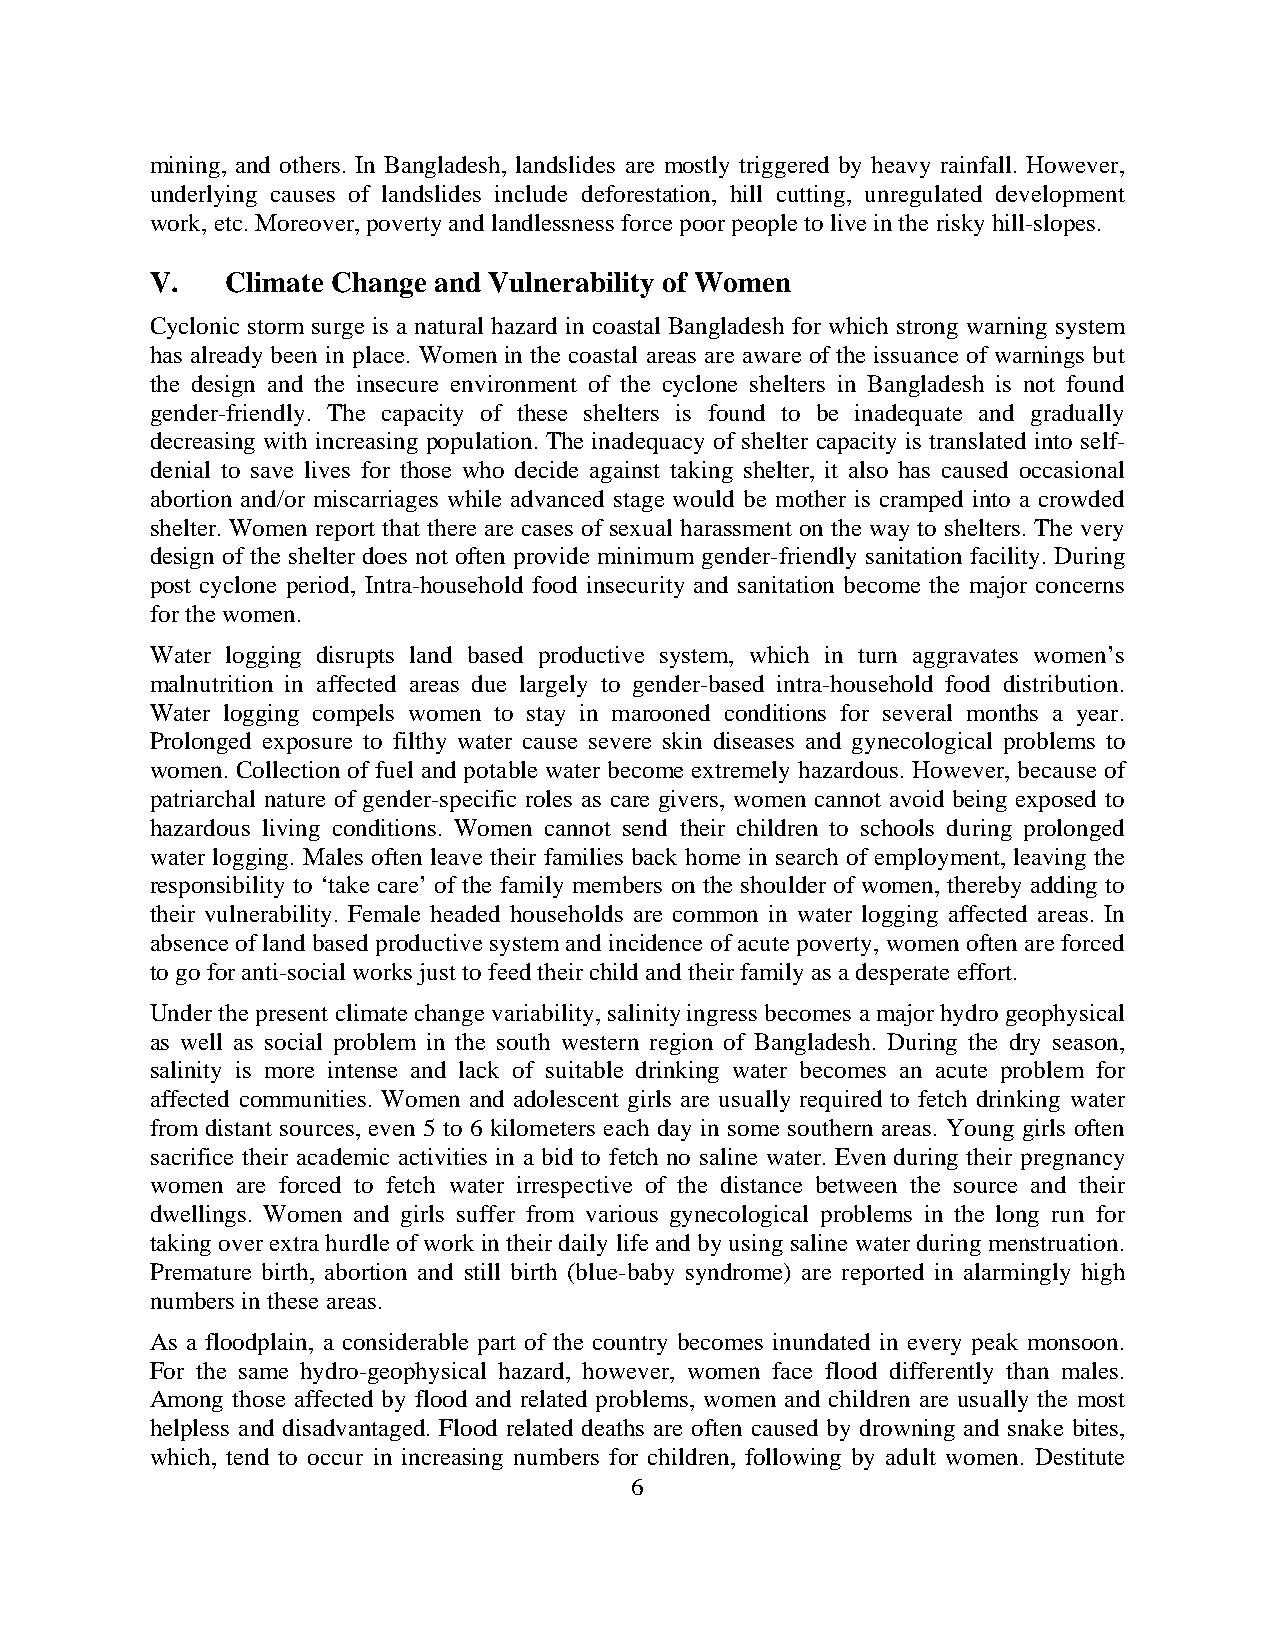
mining, and others. In Bangladesh, landslides are mostly triggered by heavy rainfall. However,
 underlying causes of landslides include deforestation, hill cutting, unregulated development
 work, etc. Moreover, poverty and landlessness force poor people to live in the risky hill-slopes.
 V.   Climate Change and Vulnerability of Women
 Cyclonic storm surge is a natural hazard in coastal Bangladesh for which strong warning system
 has already been in place. Women in the coastal areas are aware of the issuance of warnings but
 the design and the insecure environment of the cyclone shelters in Bangladesh is not found
 gender-friendly. The capacity of these shelters is found to be inadequate and gradually
 decreasing with increasing population. The inadequacy of shelter capacity is translated into self-
 denial to save lives for those who decide against taking shelter, it also has caused occasional
 abortion and/or miscarriages while advanced stage would be mother is cramped into a crowded
 shelter. Women report that there are cases of sexual harassment on the way to shelters. The very
 design of the shelter does not often provide minimum gender-friendly sanitation facility. During
 post cyclone period, Intra-household food insecurity and sanitation become the major concerns
 for the women.
 Water logging disrupts land based productive system, which in turn aggravates women’s
 malnutrition in affected areas due largely to gender-based intra-household food distribution.
 Water logging compels women to stay in marooned conditions for several months a year.
 Prolonged exposure to filthy water cause severe skin diseases and gynecological problems to
 women. Collection of fuel and potable water become extremely hazardous. However, because of
 patriarchal nature of gender-specific roles as care givers, women cannot avoid being exposed to
 hazardous living conditions. Women cannot send their children to schools during prolonged
 water logging. Males often leave their families back home in search of employment, leaving the
 responsibility to ‘take care’ of the family members on the shoulder of women, thereby adding to
 their vulnerability. Female headed households are common in water logging affected areas. In
 absence of land based productive system and incidence of acute poverty, women often are forced
 to go for anti-social works just to feed their child and their family as a desperate effort.
 Under the present climate change variability, salinity ingress becomes a major hydro geophysical
 as well as social problem in the south western region of Bangladesh. During the dry season,
 salinity is more intense and lack of suitable drinking water becomes an acute problem for
 affected communities. Women and adolescent girls are usually required to fetch drinking water
 from distant sources, even 5 to 6 kilometers each day in some southern areas. Young girls often
 sacrifice their academic activities in a bid to fetch no saline water. Even during their pregnancy
 women are forced to fetch water irrespective of the distance between the source and their
 dwellings. Women and girls suffer from various gynecological problems in the long run for
 taking over extra hurdle of work in their daily life and by using saline water during menstruation.
 Premature birth, abortion and still birth (blue-baby syndrome) are reported in alarmingly high
 numbers in these areas.
 As a floodplain, a considerable part of the country becomes inundated in every peak monsoon.
 For the same hydro-geophysical hazard, however, women face flood differently than males.
 Among those affected by flood and related problems, women and children are usually the most
 helpless and disadvantaged. Flood related deaths are often caused by drowning and snake bites,
 which, tend to occur in increasing numbers for children, following by adult women. Destitute
 6